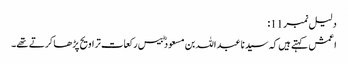
دلیل نمبر 11:
اعمش کہتے ہیں کہ سید نا عبد اللہ بن مسعود ؓ بیس رکعات تراویح پڑھا کرتے تھے۔